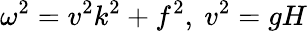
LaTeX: \omega^{2}=v^{2}k^{2}+f^{2},\ v^{2}=gH